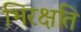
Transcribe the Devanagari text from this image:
भिरक्षति